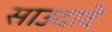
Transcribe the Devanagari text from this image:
साउदादे